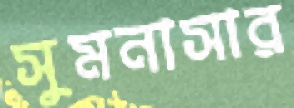
সুমনাসার